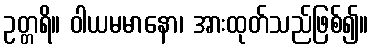
ဥတ္တရိ။ ဝါယမမာနော၊ အားထုတ်သည်ဖြစ်၍။